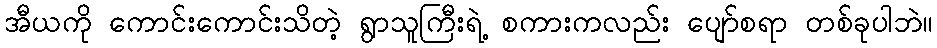
အီယကို ကောင်းကောင်းသိတဲ့ ရွာသူကြီးရဲ့ စကားကလည်း ပျော်စရာ တစ်ခုပါဘဲ။